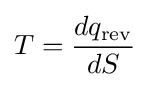
T={\frac {dq_{\text{rev}}}{dS}}